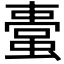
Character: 𧏋